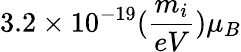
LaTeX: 3.2\times 10^{-19}(\frac{m_{i}}{eV})\mu_{B}